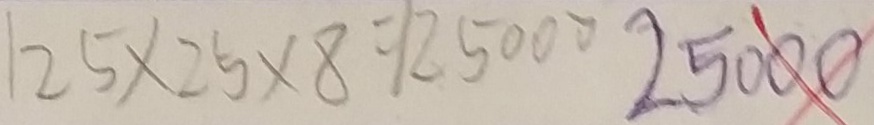
2 5 \times 2 5 \times 8 = 1 2 5 0 0 0 2 5 0 0 0